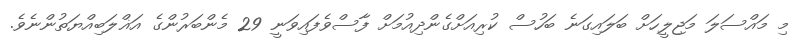
މި މައްސަލަ މަޖިލީހަށް ބަލައިގަނެ ބަހުސް ކުރިއަށްގެންދިއުމަށް ފާސްވެފައިވަނީ 29 މެންބަރުންގެ އަޣްލަބިއްޔަތުންނެވެ.